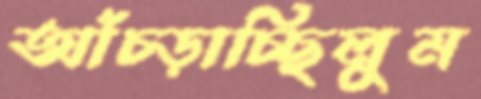
আঁচ্‌ড়াচ্ছিলুম